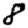
Digit: 8